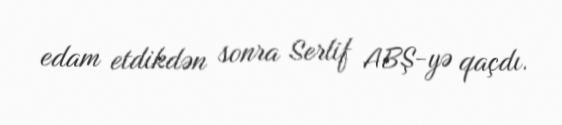
edam etdikdən sonra Serlif ABŞ-yə qaçdı.